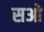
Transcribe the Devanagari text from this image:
सओ